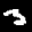
Label: 3